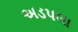
અડપલા